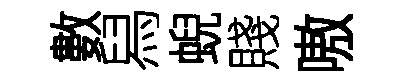
數舄蜺賤嗷